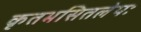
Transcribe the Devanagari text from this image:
कृतभसितलेपः